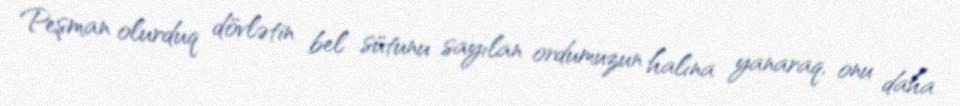
Peşman olurduq dövlətin bel sütunu sayılan ordumuzun halına yanaraq, onu daha